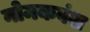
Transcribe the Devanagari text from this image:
नोमकवंश